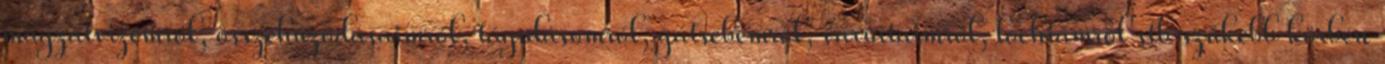
magzatvizemről, összehúzódásaimról, tágulásomról, gátsebemről, varrataimról, lochiámról stb szűkebb körben